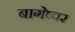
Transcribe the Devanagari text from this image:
बागेष्वर